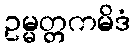
ဥမ္မတ္တကမိဒံ